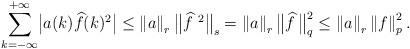
LaTeX: \begin{align*}\sum_{k=-\infty}^{+\infty}\bigl\vert a(k)\widehat{f}(k)^2\bigr\vert\le\left\Vert a \right\Vert_r\bigl\Vert\widehat{f}^{\ 2}\bigr\Vert_s =\left\Vert a\right\Vert_r\bigl\Vert\widehat{f} \, \bigr\Vert_q^2\le\left\Vert a\right\Vert_r \left\Vert f \right\Vert_p^2.\end{align*}